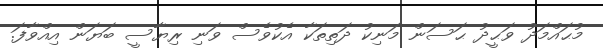
މުޙައްމަދު ވަޙީދު ޙަސަން މަނިކު ދަތިތަކާ އެކުވެސް ވަނި ރިޔާސީ ބަޔަން އިއްވާފަ.